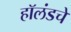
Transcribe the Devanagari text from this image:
हॉलंडचे